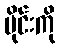
ပိုင်းကို